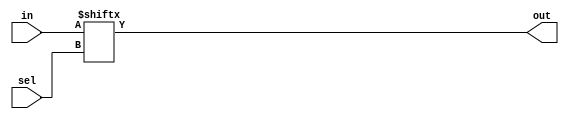
module mux4x1(in,sel,out);
  input [3:0] in;
  input [1:0] sel;
  output out;

  assign out=in[sel];
endmodule